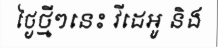
ថ្ងៃថ្មីៗនេះ វីដេអូ និង